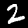
Label: 2